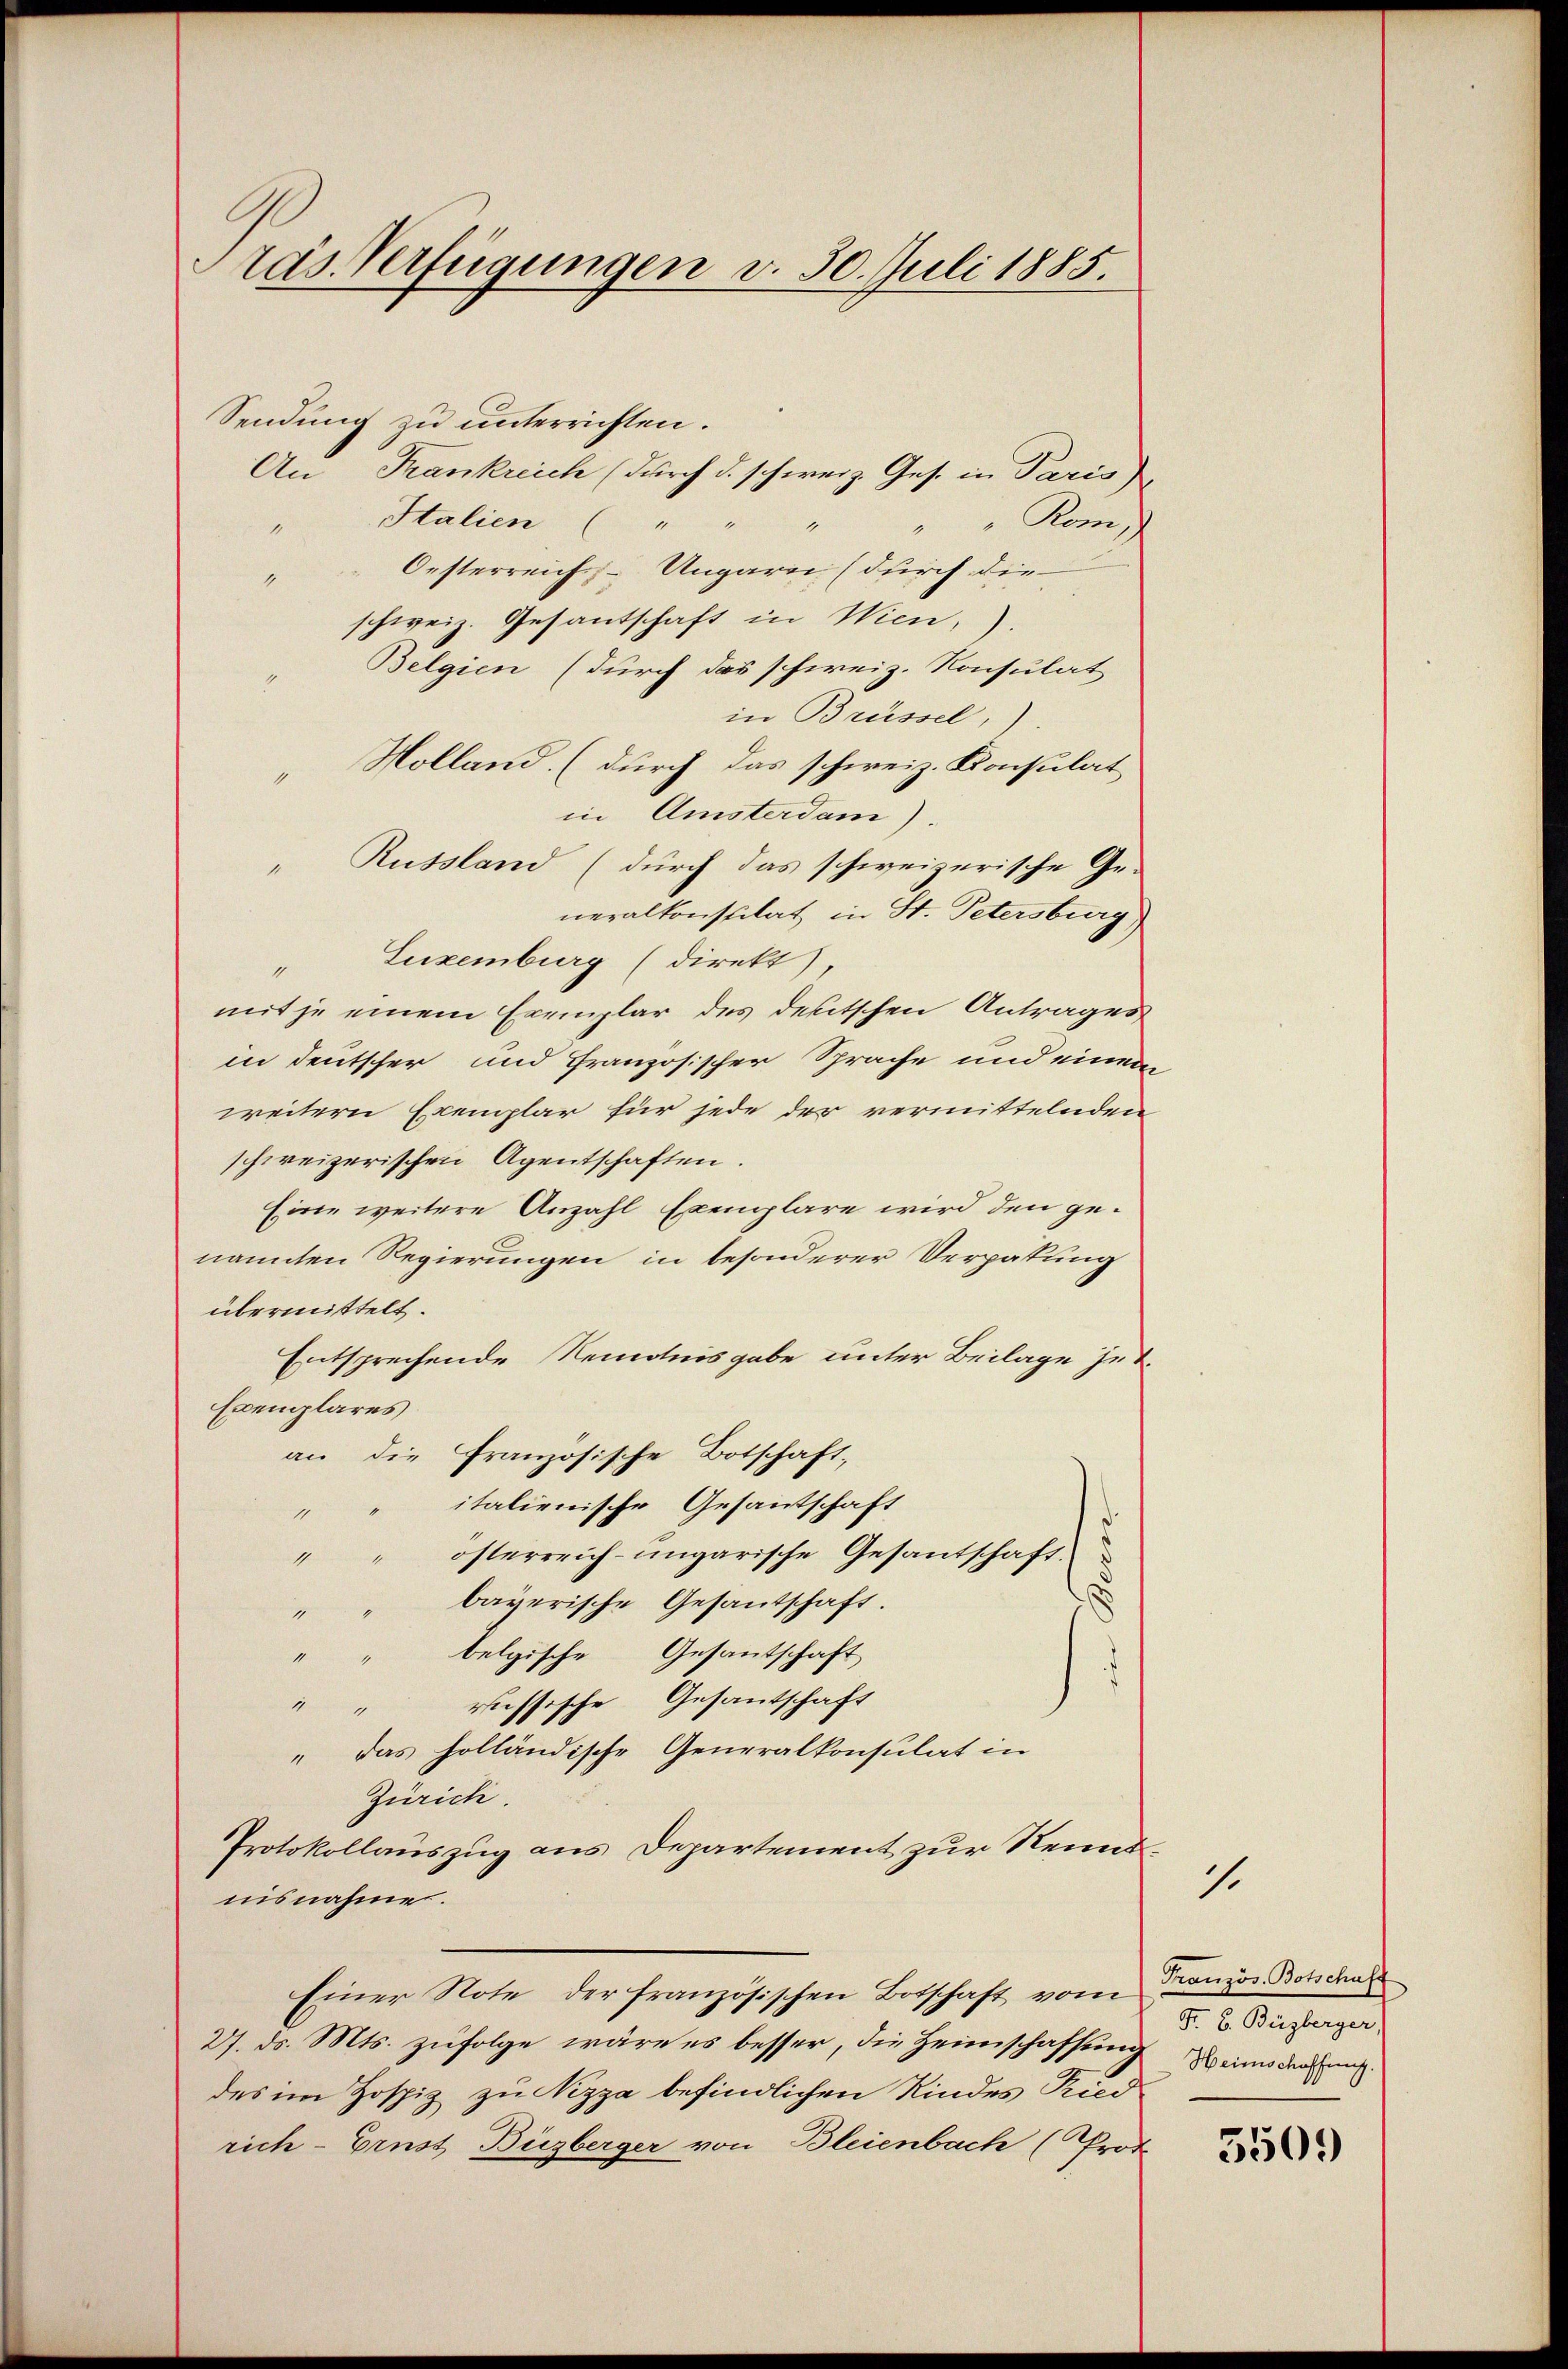
Präs. Verfügungen v. 30. Juli 1885.

Sendung zu unterrichten.
An Frankreich (durch d. schweiz. Ges. in Paris
Italien ( "
"Rom,
1
Oesterreich, Ungarn (durch die
1
schweiz. Gesantschaft in Wien,
Belgien (durch das schweiz. Konsulat
in Brüssel,
Holland. (durch das schweiz. Konsulat
in Amsterdam).
Russland (durch das schweizerische Ge-
1
neralkonstilat in St. Petersburg
"Luxenburg (direkt),
mit je einem Exemplar des deutschen Antrages
in deutscher und Französischer Sprache und einen
weitern Exemplar für jede der vermittelnden
schweizerischen Agentschaften.
Eine weitere Anzahl Exemplare wird den genannten Regierungen in besonderer Verpatung
übermittelt.
Entsprechende Remonisgabe unter Beilage zu¬
Exemplares
an die Französische Botschaft,
italienische Gesantschaft
11
"" österreich-ungarische Gesandschaft
bayerische Gesandschaft.
"" belgische Gesantschaft
"" russische Gesandtschaft
„ das holländische Generalkonsulat in
Zürich.
Protokollauszug aus Departement zur Reinsnisnahme.
Einer Note der französischen Botschaft vom Französ. Botschal
27. ds. Mts. zufolge wäre es besser, die Heimschaffung einderung
des im Hospiz zu Nizza befindlichen Kindes Ried
rich - Ernst Büzberger von Bleienbach (Prot

1.

F. B. Büzberger,

350.